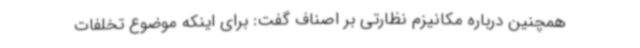
همچنین درباره مکانیزم نظارتی بر اصناف گفت: برای اینکه موضوع تخلفات